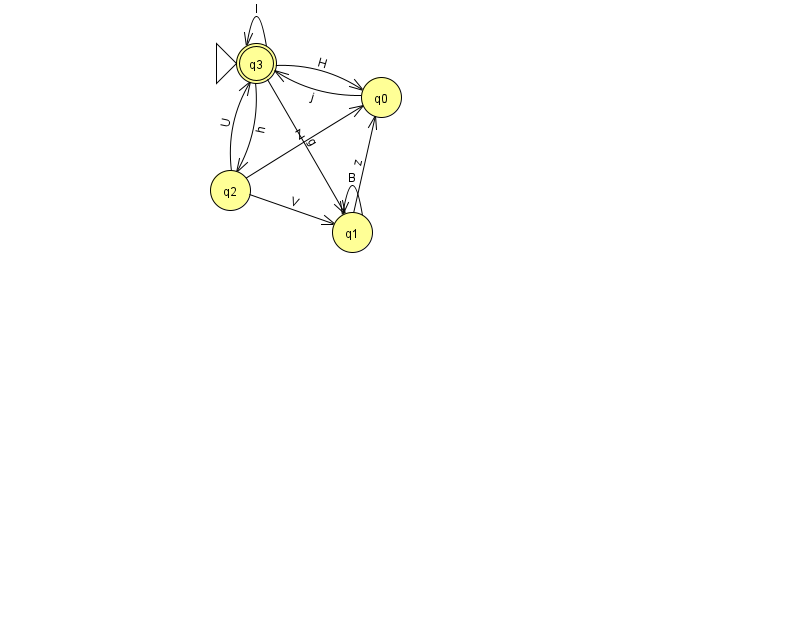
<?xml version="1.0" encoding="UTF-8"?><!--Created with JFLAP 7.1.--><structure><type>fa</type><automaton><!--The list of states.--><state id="0" name="q0"><x>381.0</x><y>84.0</y></state><state id="1" name="q1"><x>352.0</x><y>219.0</y></state><state id="2" name="q2"><x>230.0</x><y>177.0</y></state><state id="3" name="q3"><x>256.0</x><y>50.0</y><initial/><final/></state><!--The list of transitions.--><transition><from>1</from><to>1</to><read>B</read></transition><transition><from>2</from><to>0</to><read>Z</read></transition><transition><from>2</from><to>1</to><read>V</read></transition><transition><from>2</from><to>3</to><read>U</read></transition><transition><from>0</from><to>3</to><read>j</read></transition><transition><from>3</from><to>1</to><read>g</read></transition><transition><from>1</from><to>0</to><read>z</read></transition><transition><from>3</from><to>0</to><read>H</read></transition><transition><from>3</from><to>3</to><read>I</read></transition><transition><from>3</from><to>2</to><read>h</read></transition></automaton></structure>